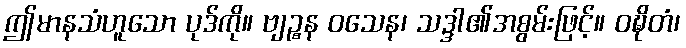
ဤမာနသံဟူသော ပုဒ်ကို။ ဗျဉ္စန ဝသေန၊ သဒ္ဒါ၏အစွမ်းဖြင့်။ ဝဍ္ဎိတံ၊